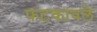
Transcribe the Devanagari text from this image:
फटकावले